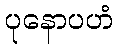
ပုနောပဟံ